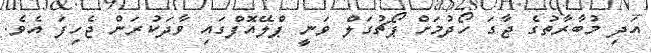
އަދި މުބާރާތުގެ ޖާގަ ހޯދުމަށް ޕޯޗުގަލް ވަނީ ޕްލޭއޮފްގައި ވާދަކުރަން ޖެހިފަ އެވެ.